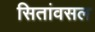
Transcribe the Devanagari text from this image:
सितांवसल